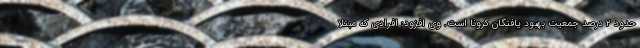
حدود ۲ درصد جمعیت بهبود یافتگان کرونا است. وی افزود: افرادی که مبتلا